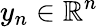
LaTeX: y_{n}\in\mathbb{R}^{n}